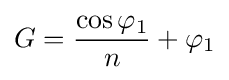
G={\frac {\cos {\varphi _{1}}}{n}}+\varphi _{1}